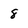
Character: 8